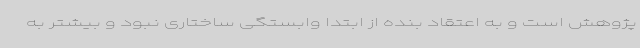
پژوهش است و به اعتقاد بنده از ابتدا وابستگی ساختاری نبود و بیشتر به